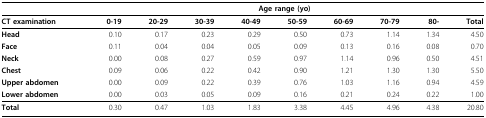
<table><thead><tr><td></td><td colspan="9"><b>Age range (yo)</b></td></tr></thead><tbody><tr><td><b>CT examination</b></td><td><b>0-19</b></td><td><b>20-29</b></td><td><b>30-39</b></td><td><b>40-49</b></td><td><b>50-59</b></td><td><b>60-69</b></td><td><b>70-79</b></td><td><b>80-</b></td><td><b>Total</b></td></tr><tr><td><b>Head</b></td><td>0.10</td><td>0.17</td><td>0.23</td><td>0.29</td><td>0.50</td><td>0.73</td><td>1.14</td><td>1.34</td><td>4.50</td></tr><tr><td><b>Face</b></td><td>0.11</td><td>0.04</td><td>0.04</td><td>0.05</td><td>0.09</td><td>0.13</td><td>0.16</td><td>0.08</td><td>0.70</td></tr><tr><td><b>Neck</b></td><td>0.00</td><td>0.08</td><td>0.27</td><td>0.59</td><td>0.97</td><td>1.14</td><td>0.96</td><td>0.50</td><td>4.51</td></tr><tr><td><b>Chest</b></td><td>0.09</td><td>0.06</td><td>0.22</td><td>0.42</td><td>0.90</td><td>1.21</td><td>1.30</td><td>1.30</td><td>5.50</td></tr><tr><td><b>Upper abdomen</b></td><td>0.00</td><td>0.09</td><td>0.22</td><td>0.39</td><td>0.76</td><td>1.03</td><td>1.16</td><td>0.94</td><td>4.59</td></tr><tr><td><b>Lower abdomen</b></td><td>0.00</td><td>0.03</td><td>0.05</td><td>0.09</td><td>0.16</td><td>0.21</td><td>0.24</td><td>0.22</td><td>1.00</td></tr><tr><td><b>Total</b></td><td>0.30</td><td>0.47</td><td>1.03</td><td>1.83</td><td>3.38</td><td>4.45</td><td>4.96</td><td>4.38</td><td>20.80</td></tr></tbody></table>